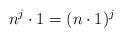
LaTeX: \begin{align*} n^j \cdot 1 = (n \cdot 1)^j\end{align*}